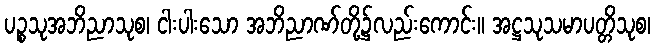
ပဉ္စသုအဘိညာသုစ၊ ငါးပါးသော အဘိညာဏ်တို့၌လည်းကောင်း။ အဋ္ဌသုသမာပတ္တိသုစ၊